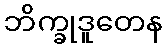
ဘိက္ခုဒူတေန